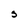
Character: S